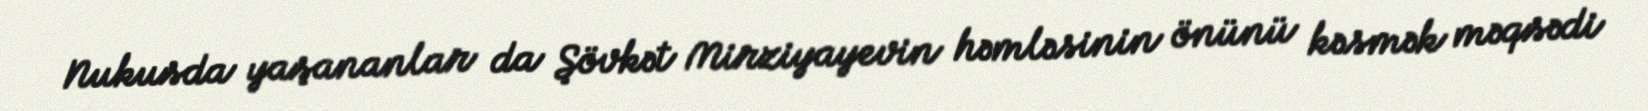
Nukusda yaşananlar da Şövkət Mirziyayevin həmləsinin önünü kəsmək məqsədi